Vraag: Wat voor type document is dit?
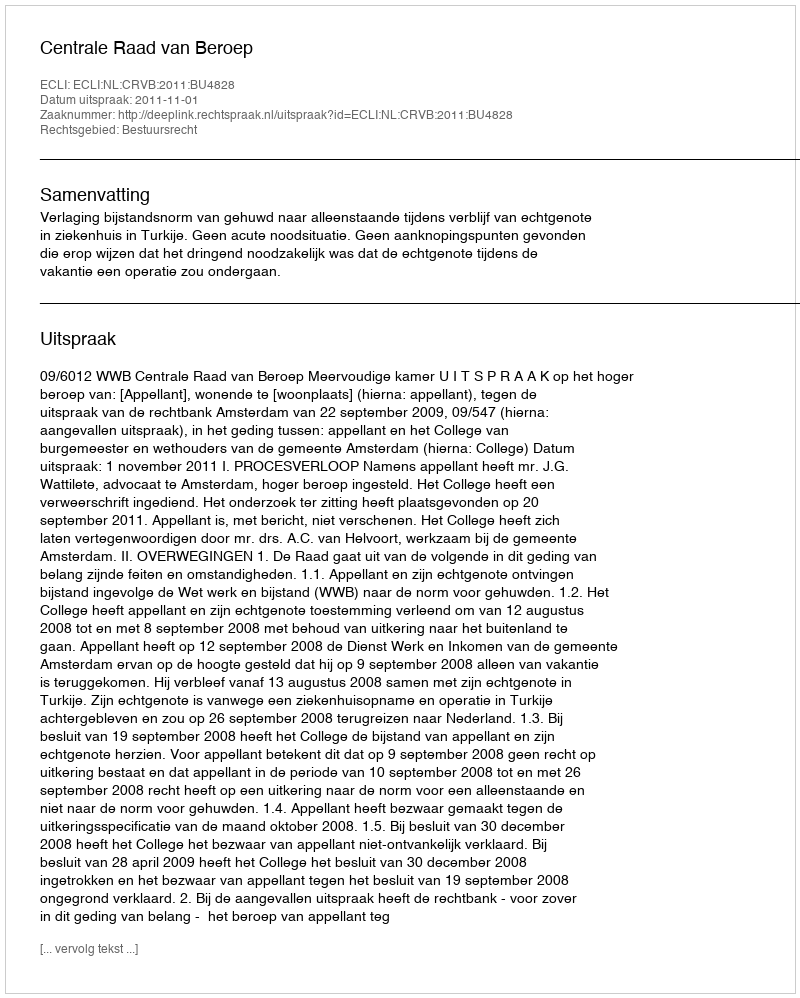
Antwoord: Uitspraak